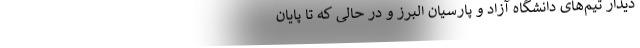
دیدار تیم‌های دانشگاه آزاد و پارسیان البرز و در حالی که تا پایان